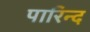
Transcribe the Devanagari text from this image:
पारिन्द